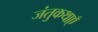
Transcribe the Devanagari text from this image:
जंतुकथाएँ